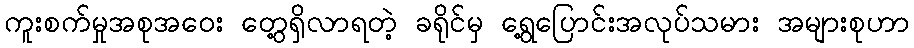
ကူးစက်မှုအစုအဝေး တွေ့ရှိလာရတဲ့ ခရိုင်မှ ရွေ့ပြောင်းအလုပ်သမား အများစုဟာ